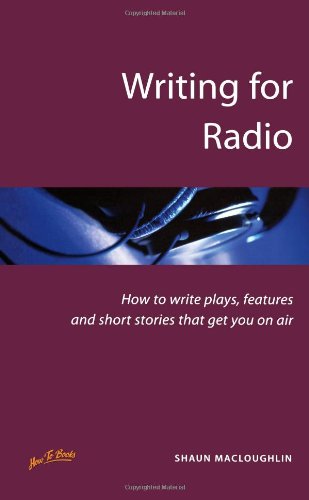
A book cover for Writing for Radio: 2nd edition (Successful writing); Shaun MacLoughlin; Humor & Entertainment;